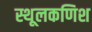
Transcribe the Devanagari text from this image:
स्थूलकणिश